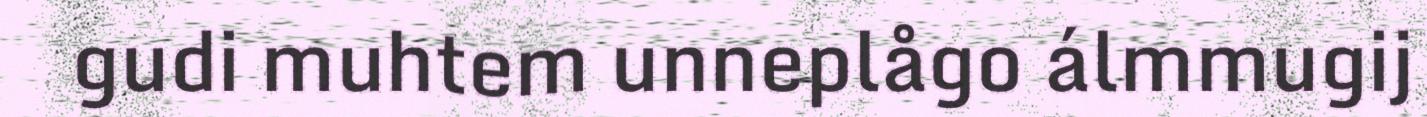
gudi muhtem unneplågo álmmugij